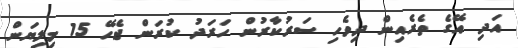
އަދި އޭގެ ތެރެއިން ދިވެހި ސަރުކާރުން ހަރަދު ކުރަން ޖެހޭ 15 މިލިޔަން